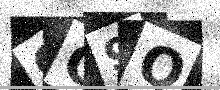
Text: CC9Q